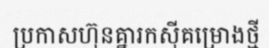
ប្រកាសហ៊ុនគ្នារកស៊ីគម្រោងថ្មី